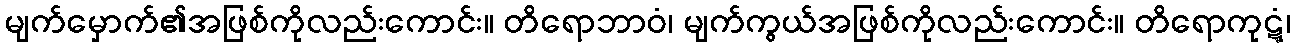
မျက်မှောက်၏အဖြစ်ကိုလည်းကောင်း။ တိရောဘာဝံ၊ မျက်ကွယ်အဖြစ်ကိုလည်းကောင်း။ တိရောကုဋ္ဋံ၊